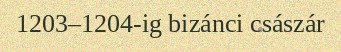
1203–1204-ig bizánci császár